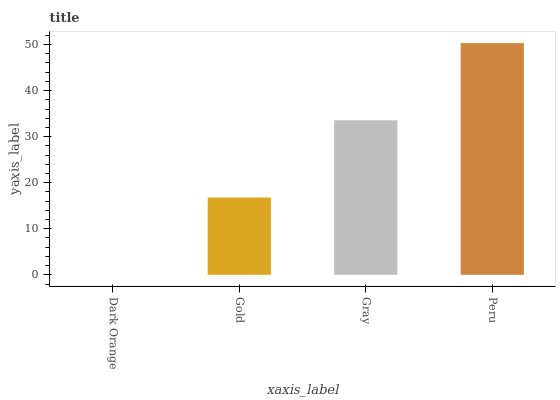
| xaxis_label | bars |
 | --- | --- |
 | Dark Orange | 0 |
 | Gold | 16.8 |
 | Gray | 33.5 |
 | Peru | 50.3 |